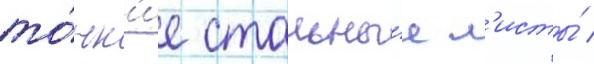
то́нк'ие стальны́е л'исты́ /